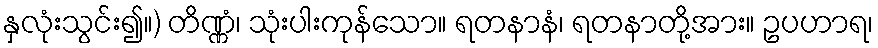
နှလုံးသွင်း၍။) တိဏ္ဏံ၊ သုံးပါးကုန်သော။ ရတနာနံ၊ ရတနာတို့အား။ ဥပဟာရ၊